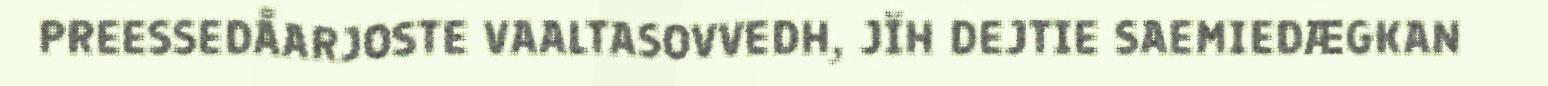
PREESSEDÅARJOSTE VAALTASOVVEDH, JÏH DEJTIE SAEMIEDÆGKAN